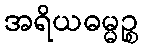
အရိယဓမ္မဉ္စ